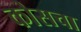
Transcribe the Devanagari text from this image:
कोसचा